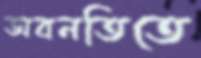
অবনতিতে